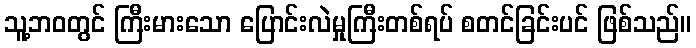
သူ့ဘဝတွင် ကြီးမားသော ပြောင်းလဲမှုကြီးတစ်ရပ် စတင်ခြင်းပင် ဖြစ်သည်။